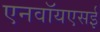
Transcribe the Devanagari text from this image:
एनवॉयएसई